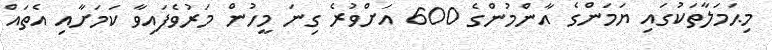
މިޙަމަލާތަކުގައި ޔަމަންގެ އާންމުންގެ 600 އަށްވުރެ ގިނަ މީހުން މަރުވެފައިވާ ކަމަށާއި އެތައް